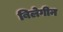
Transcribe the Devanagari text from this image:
बिलेगीन